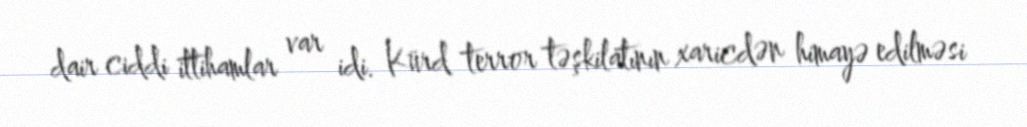
dair ciddi ittihamlar var idi. Kürd terror təşkilatının xaricdən himayə edilməsi